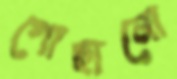
গোছানো